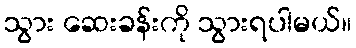
သွား ဆေးခန်းကို သွားရပါမယ်။